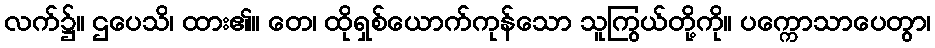
လက်၌။ ဌပေသိ၊ ထား၏။ တေ၊ ထိုရှစ်ယောက်ကုန်သော သူကြွယ်တို့ကို။ ပက္ကောသာပေတွာ၊